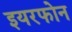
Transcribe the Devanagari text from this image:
इयरफोन